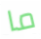
ما